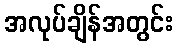
အလုပ်ချိန်အတွင်း